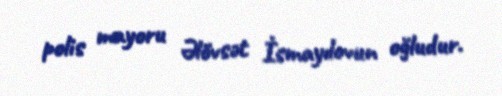
polis mayoru Əlövsət İsmayılovun oğludur.